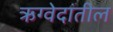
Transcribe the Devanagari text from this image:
ऋग्वेदांतील